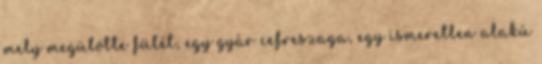
mely megütötte fülét, egy gyár cefreszaga, egy ismeretlen alakú